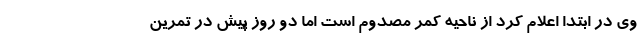
وی در ابتدا اعلام کرد از ناحیه کمر مصدوم است اما دو روز پیش در تمرین